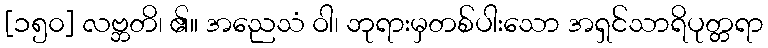
[၁၅၀] လဗ္ဘတိ၊ ၏။ အညေသံ ဝါ၊ ဘုရားမှတစ်ပါးသော အရှင်သာရိပုတ္တရာ